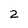
Character: 2